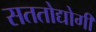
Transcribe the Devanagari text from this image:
सततोद्योगी